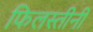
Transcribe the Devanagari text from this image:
फिलस्तीनी